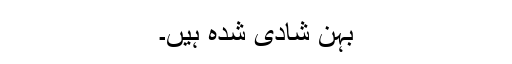
بہن شادی شدہ ہیں۔